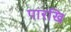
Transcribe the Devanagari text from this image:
पारखि